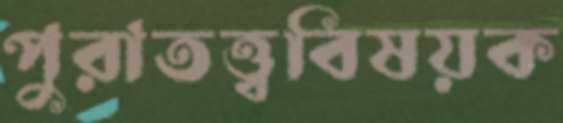
পুরাতত্ত্ববিষয়ক